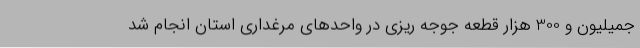
جمیلیون و 300 هزار قطعه جوجه ریزی در واحدهای مرغداری استان انجام شد